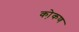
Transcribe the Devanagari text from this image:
को़कण